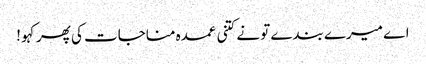
اے میرے بندے تو نے کتنی عمدہ مناجات کی پھر کہو !